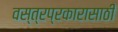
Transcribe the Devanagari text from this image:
वस्त्रप्रकारासाठी